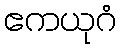
ဧကယုဂံ